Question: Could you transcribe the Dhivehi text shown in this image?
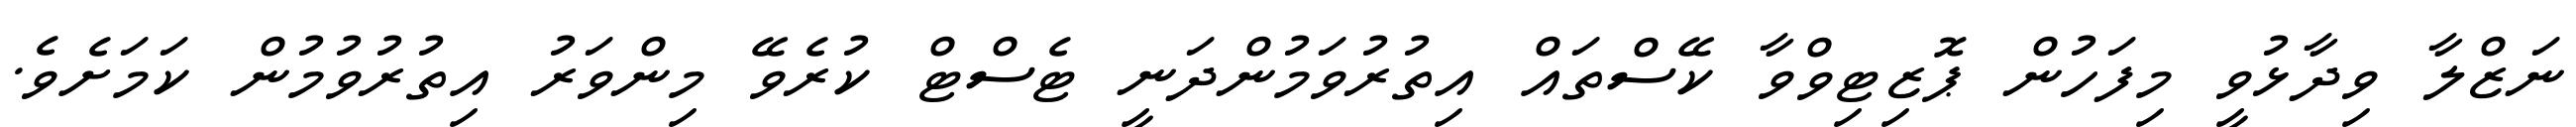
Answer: ނަޒްލާ ވިދާޅުވީ މިފަހުން ޕޮޒިޓިވްވާ ކޭސްތައް އިތުރުވަމުންދަނީ ޓެސްޓް ކުރެވޭ މިންވަރު އިތުރުވުމުން ކަމަށެވެ.